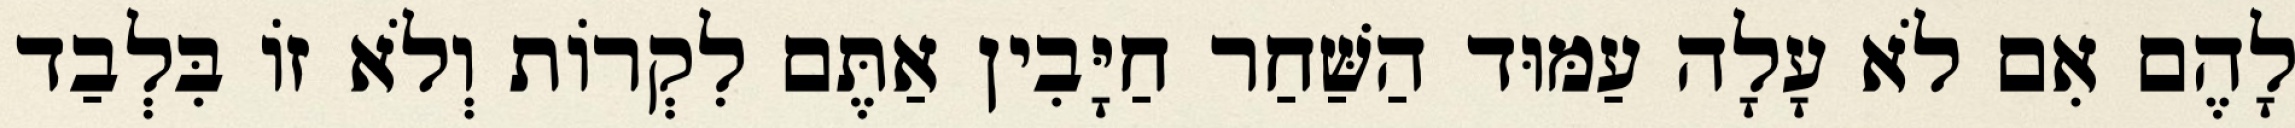
לָהֶם אִם לֹא עָלָה עַמּוּד הַשַּׁחַר חַיָּבִין אַתֶּם לִקְרוֹת וְלֹא זוֹ בִּלְבַד